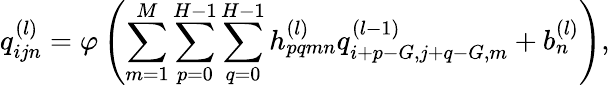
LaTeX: q_{ijn}^{(l)}=\varphi\left(\sum_{m=1}^{M}\sum_{p=0}^{H-1}\sum_{q=0}^{H-1}h_{pqmn}^{(l)}q_{i+p-G,j+q-G,m}^{(l-1)}+b_{n}^{(l)}\right),